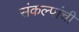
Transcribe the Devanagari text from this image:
संकल्पांची